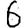
Digit: 6